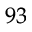
^ { 9 3 }